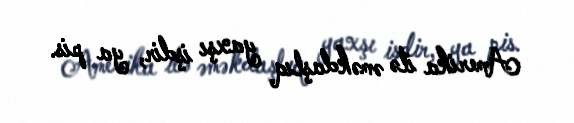
Amerika ilə əməkdaşlıq yaxşı işdir, ya pis.